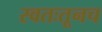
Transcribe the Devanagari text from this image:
स्वतःतूनच